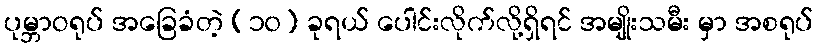
ပုမ္ဘာဝရုပ် အခြေခံတဲ့ (၁၀) ခုရယ် ပေါင်းလိုက်လို့ရှိရင် အမျိုးသမီး မှာ အစရုပ်